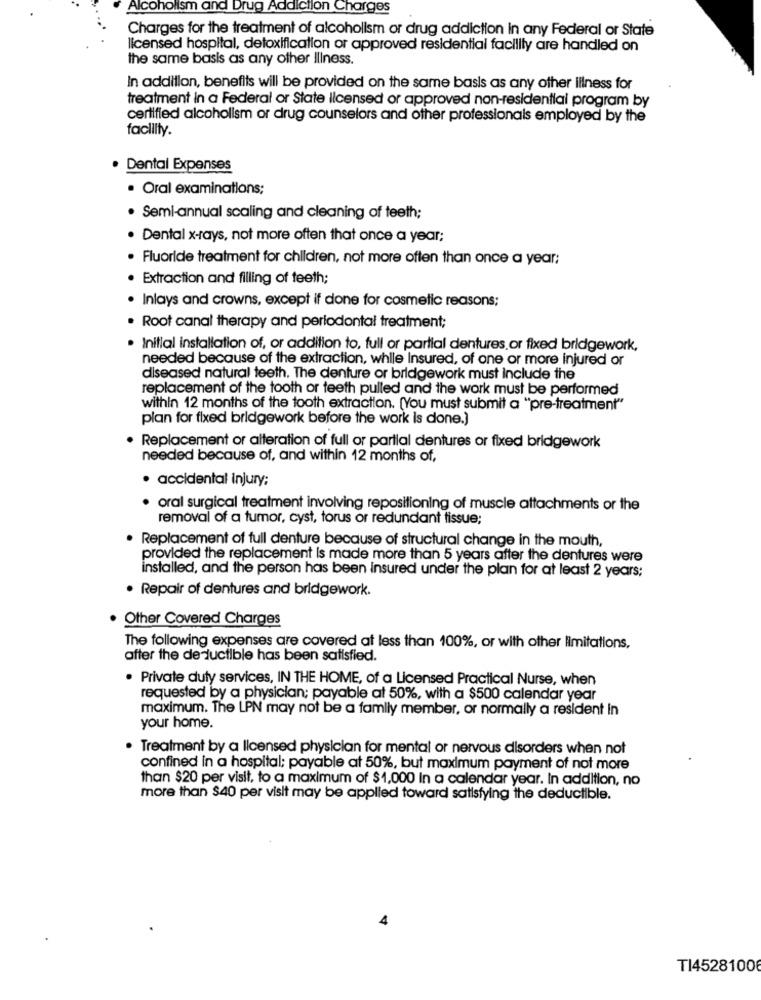
Alcoholism and
Addiction Charges
Charges for the treatment of alcoholism or drug addiction in any Federal or State
licensed hospital, detoxification or approved residential facility are handled on
the same basis as any other Illness.
In addition, benefits will be provided on the same basis as any other illness for
treatment in a Federal or State licensed or approved non-residential program by
certified alcoholism or drug counselors and other professionals employed by the
facility.
Dental Expenses
· Oral examinations;
. Semi-annual scaling and cleaning of teeth;
. Dental x-rays, not more often that once a year;
. Fluoride treatment for children, not more often than once a year;
· Extraction and filling of teeth;
· Inlays and crowns, except if done for cosmetic reasons;
. Root canal therapy and periodontal treatment;
· Initial installation of, or addition to, full or partial dentures or fixed bridgework,
needed because of the extraction, while Insured, of one or more injured or
diseased natural teeth. The denture or bridgework must include the
replacement of the tooth or teeth pulled and the work must be performed
within 12 months of the tooth extraction. (You must submit a "pre-treatment"
plan for fixed bridgework before the work is done.)
· Replacement or alteration of full or partial dentures or fixed bridgework
needed because of, and within 12 months of,
· accidental injury;
. oral surgical treatment involving repositioning of muscle attachments or the
removal of a tumor, cyst, torus or redundant tissue;
. Replacement of full denture because of structural change in the mouth,
provided the replacement is made more than 5 years after the dentures were
installed, and the person has been Insured under the plan for at least 2 years;
· Repair of dentures and bridgework.
. Other Covered Charges
The following expenses are covered at less than 100%, or with other limitations,
after the de ductible has been satisfied.
. Private duty services, IN THE HOME, of a Licensed Practical Nurse, when
requested by a physician; payable at 50%, with a $500 calendar year
maximum. The LPN may not be a family member, or normally a resident in
your home.
. Treatment by a licensed physician for mental or nervous disorders when not
confined in a hospital; payable at 50%, but maximum payment of not more
than $20 per visit, to a maximum of $1,000 In a calendar year. In addition, no
more than $40 per visit may be applied toward satisfying the deductible.
4
TI45281006